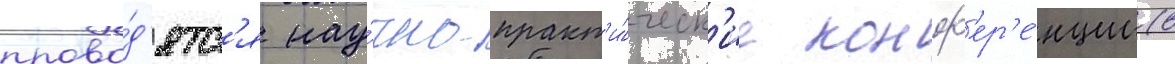
прово́д'ятс'я нау́чно-практ'и́ческ'ие конф'ер'е́нции (в